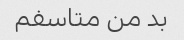
بد من متاسفم